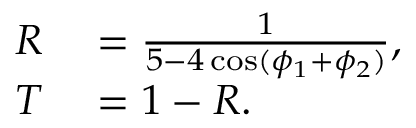
\begin{array} { r l } { R } & { { } = \frac { 1 } { 5 - 4 \cos ( \phi _ { 1 } + \phi _ { 2 } ) } , } \\ { T } & { { } = 1 - R . } \end{array}